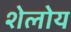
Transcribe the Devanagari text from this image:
शेलोय